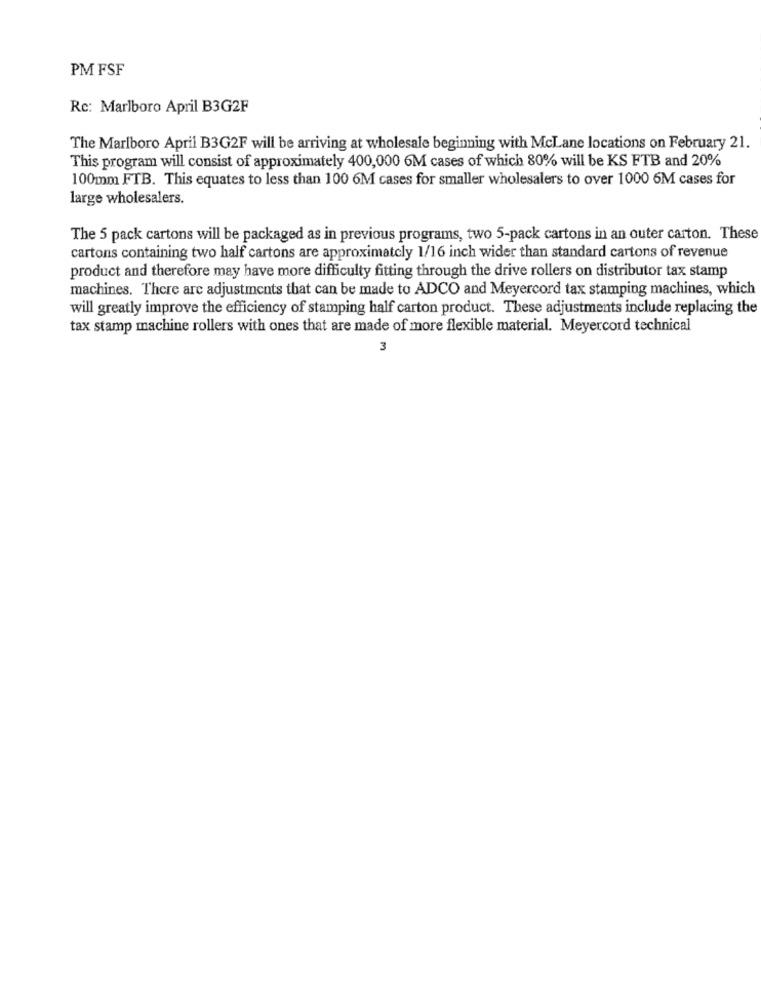
PM FSF
Rc: Marlboro April B3G2F
The Marlboro April B3G2F will be arriving at wholesale beginning with McLane locations on February 21.
This program will consist of approximately 400,000 6M cases of which 80% will be KS FTB and 20%
100mm FTB. This equates to less than 100 6M cases for smaller wholesalers to over 1000 6M cases for
large wholesalers.
The 5 pack cartons will be packaged as in previous programs, two 5-pack cartons in an outer carton. These
cartons containing two half cartons are approximately 1/16 inch wider than standard cartons of revenue
product and therefore may have more difficulty fitting through the drive rollers on distributor tax stamp
machines. There are adjustments that can be made to ADCO and Meyercord tax stamping machines, which
will greatly improve the efficiency of stamping half carton product. These adjustments include replacing the
tax stamp machine rollers with ones that are made of more flexible material. Meyercord technical
3